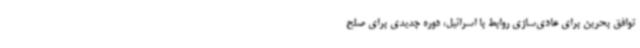
توافق بحرین برای عادی‌سازی روابط با اسرائیل، دوره‌ جدیدی برای صلح